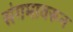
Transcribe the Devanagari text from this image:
संगमावरून